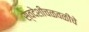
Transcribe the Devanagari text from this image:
स्वदेशीचळवळीचे